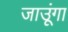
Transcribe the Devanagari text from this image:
जाउूंगा